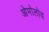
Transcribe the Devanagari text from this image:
ओमोलोय